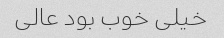
خیلى خوب بود عالى